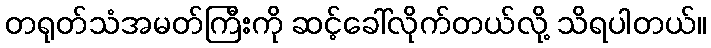
တရုတ်သံအမတ်ကြီးကို ဆင့်ခေါ်လိုက်တယ်လို့ သိရပါတယ်။